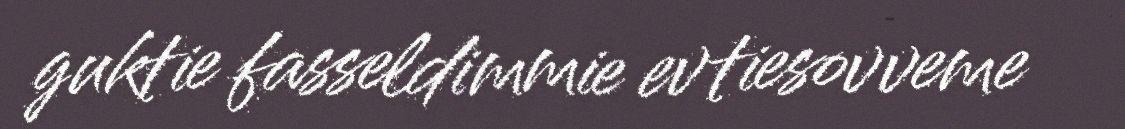
guktie fasseldimmie evtiesovveme